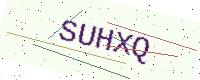
Text: SUHXQ